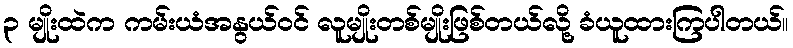
၃ မျိုးထဲက ကမ်းယံအနွယ်ဝင် လူမျိုးတစ်မျိုးဖြစ်တယ်လို့ ခံယူထားကြပါတယ်။